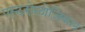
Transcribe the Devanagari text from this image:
एस्टरोलोजिकल